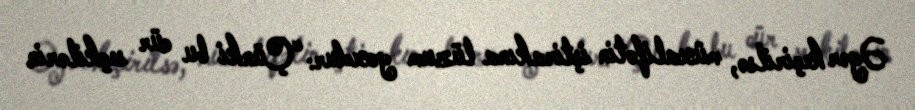
Əgər keçirilsə, müxalifətin iştirakına lüzum yoxdur: “Çünki bu cür seçkilərin